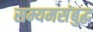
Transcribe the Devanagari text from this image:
सम्यमसंबुद्ध